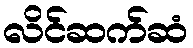
လိင်ဆက်ဆံ